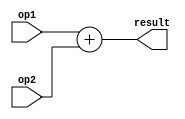
`timescale 1ns / 1ps
/*
 * Description:
 *
 * Dependencies:
 *
 * Revision:
 *
 */

module add(
	output [31:0] result,
	input signed [31:0] op1, op2
    );

	assign result = op1 + op2;

endmodule